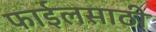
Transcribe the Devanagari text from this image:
फाईलसाठी